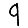
Digit: 9